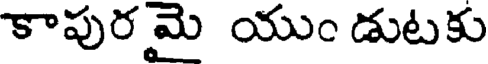
కాపురమై యుం డుటకు